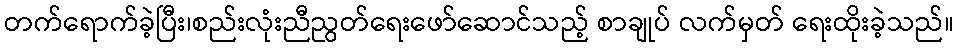
တက်ရောက်ခဲ့ပြီး၊စည်းလုံးညီညွတ်ရေးဖော်ဆောင်သည့် စာချုပ် လက်မှတ် ရေးထိုးခဲ့သည်။